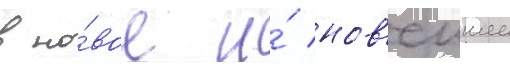
в но́вое и́ нов'еишее